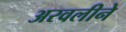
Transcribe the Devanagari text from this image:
अरवलीने